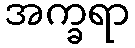
အက္ခရာ